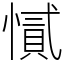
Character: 㦐